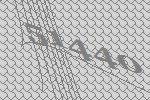
51440